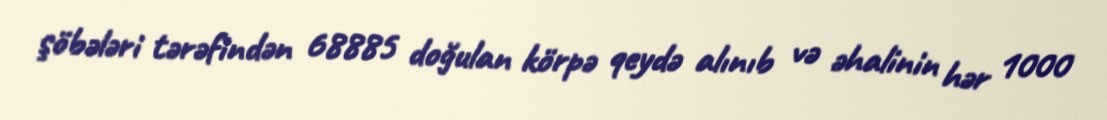
şöbələri tərəfindən 68885 doğulan körpə qeydə alınıb və əhalinin hər 1000